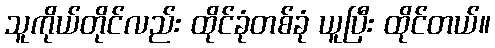
သူကိုယ်တိုင်လည်း ထိုင်ခုံတစ်ခုံ ယူပြီး ထိုင်တယ်။